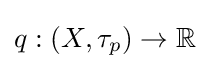
q:(X,\tau _{p})\to \mathbb {R}